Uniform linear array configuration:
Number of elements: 8
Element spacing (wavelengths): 0.25
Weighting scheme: hann
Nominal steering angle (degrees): -45
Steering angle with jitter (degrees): -43.556
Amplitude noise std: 0.05
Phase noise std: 0.05

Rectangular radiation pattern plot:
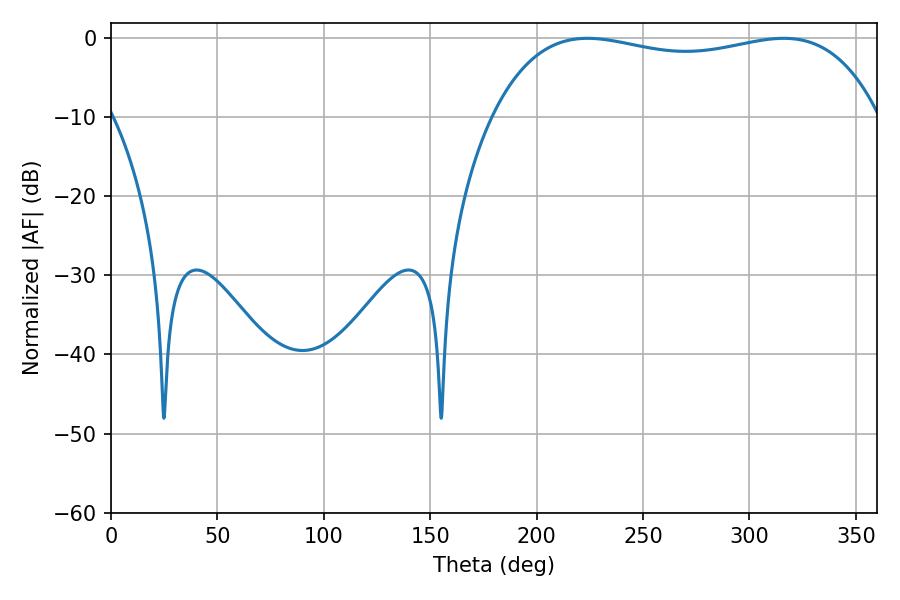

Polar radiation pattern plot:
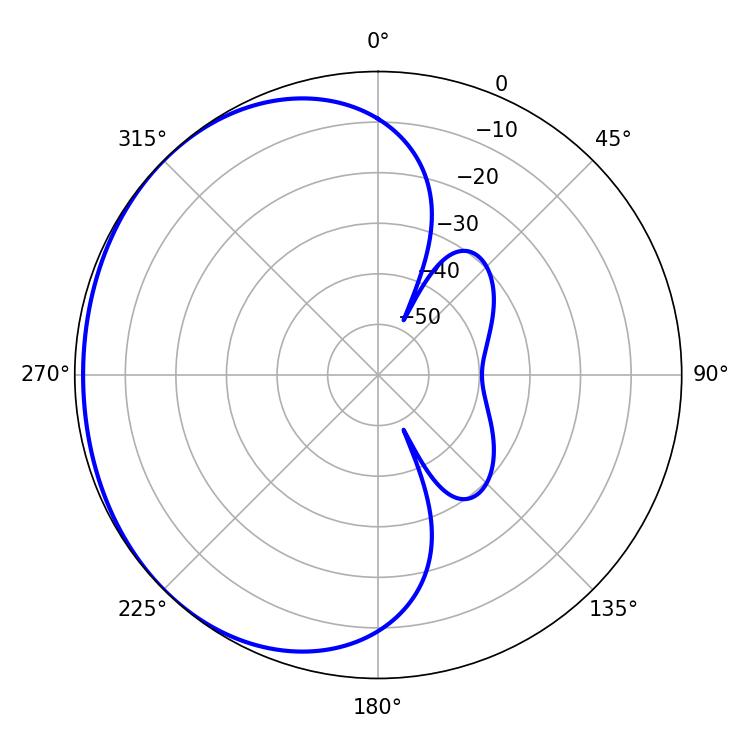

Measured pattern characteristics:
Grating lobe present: FALSE
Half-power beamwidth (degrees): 146.88
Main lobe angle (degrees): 223.92